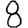
Digit: 8